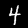
Label: 4